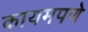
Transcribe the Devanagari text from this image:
कायमपणे